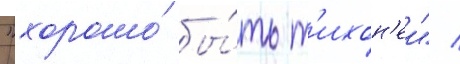
"хорошо́ бы́ть т'ихон'еи" /